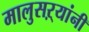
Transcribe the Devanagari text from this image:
मालुसऱ्यांनी